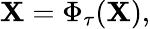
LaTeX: \mathbf{X}=\Phi_{\tau}(\mathbf{X}),